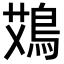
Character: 鴱